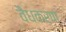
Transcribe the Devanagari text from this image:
वैधकरण